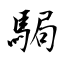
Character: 駶